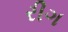
રીગ